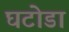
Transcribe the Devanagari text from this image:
घटोडा